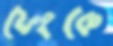
ফেংকে